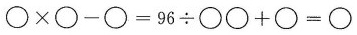
$$〇 × 〇 - 〇 = 9 6 ÷ 〇 〇 + 〇 = 〇$$